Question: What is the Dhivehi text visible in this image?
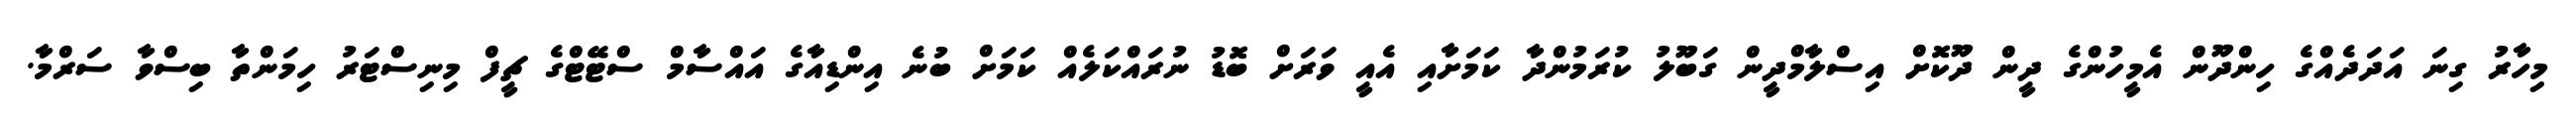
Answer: މިހާރު ގިނަ އަދަދެއްގެ ހިންދޫން އެމީހުންގެ ދީން ދޫކޮށް އިސްލާމްދީން ގަބޫލު ކުރަމުންދާ ކަމަށާއި އެއީ ވަރަށް ބޮޑު ނުރައްކަލެއް ކަމަށް ބުނެ އިންޑިއާގެ އައްސާމް ސްޓޭޓްގެ ޗީފް މިނިސްޓަރު ހިމަންތާ ބިސްވާ ސަރްމާ.